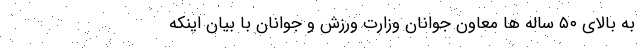
به بالای ۵۰ ساله ها معاون جوانان وزارت ورزش و جوانان با بیان اینکه